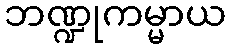
ဘဏ္ဍုကမ္မာယ